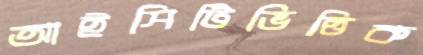
আইসিটিভিত্তিক